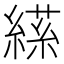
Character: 𦃝